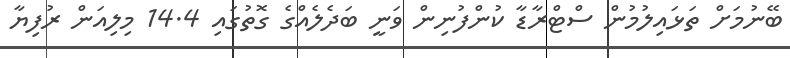
ބޭނުމަށް ތަޅައިލުމުން ސްޓްރާޑާ ކުންފުނިން ވަނީ ބަދެލެއްގެ ގޮތުގައި 14.4 މިލިއަން ރުފިޔާ